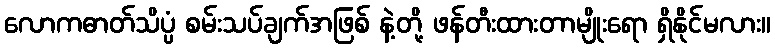
လောကဓာတ်သိပ္ပံ စမ်းသပ်ချက်အဖြစ် နဲ့တို့ ဖန်တီးထားတာမျိုးရော ရှိနိုင်မလား။